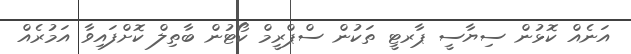
އަނެއް ކޮޅުން ސިޔާސީ ޕާރޓީ ތަކުން ސްޕްރީމް ކޯޓުން ބާތިލް ކޮށްފައިވާ އަމުރެއް